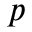
p